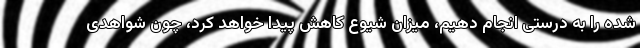
شده را به درستی انجام دهیم، میزان شیوع کاهش پیدا خواهد کرد، چون شواهدی